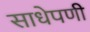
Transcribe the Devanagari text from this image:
साधेपणी